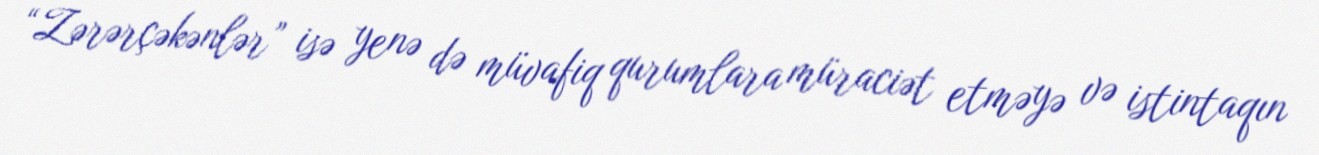
“Zərərçəkənlər” isə yenə də müvafiq qurumlara müraciət etməyə və istintaqın